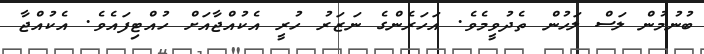
ބުނުމުން ލަސް ލަހުން ތެދުވީމެވެ. އަހަރެންގެ ނަޒަރު ހުރީ އެކުއްޖާއަށް ހުއްޓިފައެވެ. އެކުއްޖާ